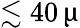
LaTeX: \lesssim 40\, \upmu